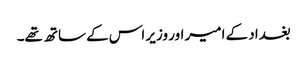
بغداد کے امیر اور وزیر اس کے ساتھ تھے۔